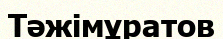
Тәжімұратов